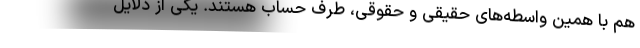
هم با همین واسطه‌های حقیقی و حقوقی، طرف حساب هستند. یکی از دلایل